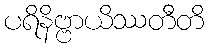
ပရိနိဗ္ဗာယိဿတီတိ